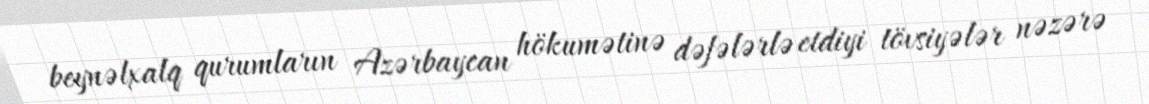
beynəlxalq qurumların Azərbaycan hökumətinə dəfələrlə etdiyi tövsiyələr nəzərə